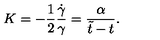
K = - \frac { 1 } { 2 } \frac { \dot { \gamma } } { \gamma } = \frac { \alpha } { \tilde { t } - t } .